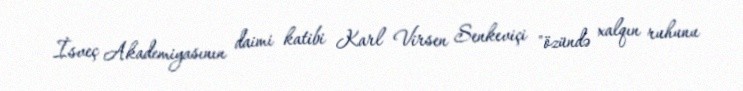
İsveç Akademiyasının daimi katibi Karl Virsen Senkeviçi "özündə xalqın ruhunu